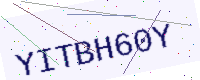
Text: YITBH60Y